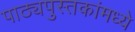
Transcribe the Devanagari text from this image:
पाठ्यपुस्तकांमध्ये